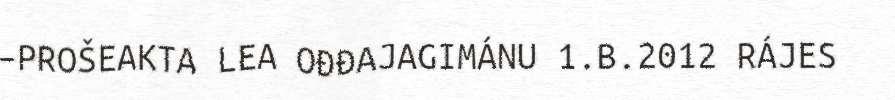
–PROŠEAKTA LEA OĐĐAJAGIMÁNU 1.B.2012 RÁJES